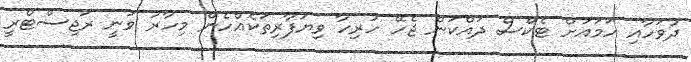
ދުވަހާއި ހަމައަށް ޓެކްސް ދައްކަން ޖެހޭ ހުރިހާ ވިޔަފާރިތަކެއްހެން މިހާރު ވަނީ ރަޖިސްޓްރީ